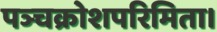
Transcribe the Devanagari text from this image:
पञ्चक्रोशपरिमिता।